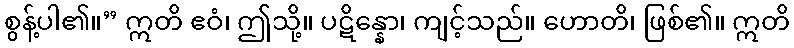
စွန့်ပါ၏။” ဣတိ ဧဝံ၊ ဤသို့။ ပဋိန္နော၊ ကျင့်သည်။ ဟောတိ၊ ဖြစ်၏။ ဣတိ